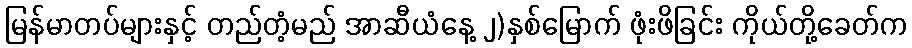
မြန်မာတပ်များနှင့် တည်တံ့မည် အာဆီယံနေ့ ၂)နှစ်မြောက် ဖုံးဖိခြင်း ကိုယ်တို့ခေတ်က